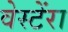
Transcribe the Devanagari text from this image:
वेस्टेंरा